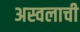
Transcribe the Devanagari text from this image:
अस्वलाची